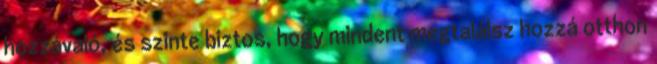
hozzávaló, és szinte biztos, hogy mindent megtalálsz hozzá otthon